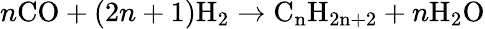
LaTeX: n\mathrm{CO}+(2n+1)\mathrm{H_{2}}\rightarrow\mathrm{C_{n}H_{2n+2}}+n\mathrm{H_{2}O}